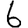
Digit: 6